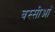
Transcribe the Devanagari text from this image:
बस्सीआं